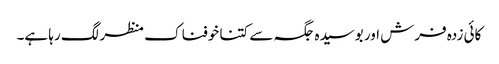
کائی زدہ فرش اور بوسیدہ جگہ سے کتنا خوفناک منظر لگ رہا ہے۔